Vaccination in Bombay 1913-1923 - 1913-1923
Year: 1913
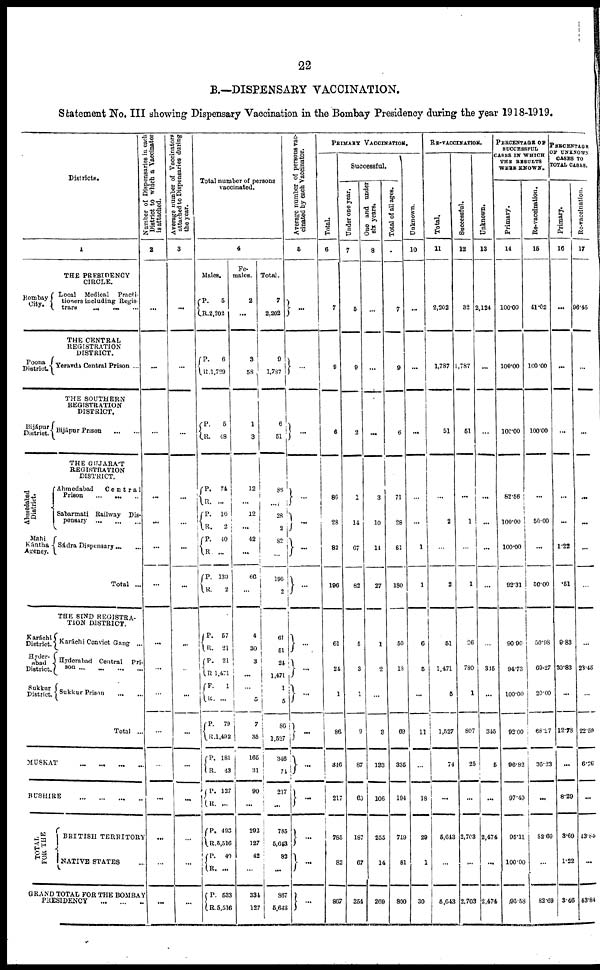
22
B.—DISPENSARY VACCINATION.
Statement No. III showing Dispensary Vaccination in the Bombay Presidency during the year 1918-1919.
Districts.
1
THE PRESIDENCY
CIRCLE.
Bombay
City.
Local
Medical
Practi¬
tioners including Regis¬
trars ... ... ...
THE CENTRAL
REGISTRATION
DISTRICT.
Poona
District. Yeravda Central Prison ...
THE SOUTHERN
REGISTRATION
DISTRICT.
Bijápur
District.
Mahi
Kántha
Agency.
Bijápur Prison
...
...
THE GUJARAT
REGISTRATION
DISTRICT.
Ahmedabad
Central
Prison
...
...
...
Sabarmati Railway Dis-
pensary
...
...
...
Sádra Dispensary ... ...
Total ...
THE SIND REGISTRA-
TION DISTRICT.
Karáchi
District.
Hyder¬
abad
District.
Sukkur
District.
Karáchi Convict Gang ...
Hyderabad Central
Pri¬
son ... ... ... ...
Sukkur Prison
...
...
Total ...
MUSKAT
...
...
...
...
BUSHIRE
...
...
...
...
T OTAL
FOR THE
BRITISH TERRITORY
NATIVE STATES ...
GRAND TOTAL FOR THE BOMBAY
PRESIDENCY ... ... ...
Number of Dispensaries in each
District to which a Vaccinator
is
attached.
2
...
...
...
...
...
...
...
...
...
...
...
...
...
...
...
...
Average number of Vaccinators
attached to Dispensaries during
the
year.
3
...
...
...
...
...
...
...
..
...
...
...
...
...
...
...
Total number of persons
vaccinated.
4
Males.
P.
R.
P.
R.
P.
R.
P.
R. P.
R.
P.
R.
P.
R.
P.
R.
P.
R.
P.
R.
P.
R.
P.
R.
P.
R.
P.
R. P.
R.
P.
R.
5
2,202
6
1,729
5
48
74
...
16
2
40
...
130
2
57
21
21
1,471
1
...
79
1,492
181
43
127
...
493
5,516
40
...
533
5,516
Fe-
males.
2
...
3
58
1
3
12
...
12
...
42
...
66
...
4
30
3
...
...
5
7
35
165
31
90
...
292
127
42
...
334
127
Total.
7
2,202
9
1,787
6
51
86
...
28
2
82
...
196
2
61
51
24
1,47l
1
5
86
1,527
346
74
217
...
785
5,043
82
...
867
5,643
Average number of person vac¬
cinated by each Vaccinator.
5
...
...
...
...
...
...
...
...
...
...
...
...
...
...
...
...
PRIMARY VACCINATION.
Total.
6
7
9
6
86
28
82
196
61
24
1
86
346
217
785
82
867
Successful.
Under one year.
7
5
9
2
1
14
67
82
5
3
1
9
87
60
187
67
254
One and under
six years.
8
...
...
...
3
10
14
27
1
2
...
3
133
106
255
14
269
Total of all ages.
9
7
9
6
71
28
81
180
50
18
...
69
335
194
719
81
800
Unknown.
10
...
...
...
...
...
1
1
6
5
...
11
...
18
28
1
30
RE-VACCINATION.
Total.
11
2,202
1,787
51
...
2
...
2
51
1,471
5
1,527
74
...
5,643
...
5,643
Successful.
12
32
1,787
51
...
...
...
1
26
780
1
807
25
...
2,703
...
2,703
Unknown.
13
2,124
...
...
...
...
...
...
...
315
...
345
5
...
2,474
...
2,474
PERCENTAGE OF
SUCCESSFUL
CASES IN WHICH
THE RESULTS
WERE KNOWN.
Primary.
14
100.00
100.00
100.00
82.56
100.00
100.00
92.31
90.90
94.73
100.00
92.00
96.82
97.49
95.11
100.00
105.53
Re-vaccination.
15
41.02
100.00
100.00
...
50.00
...
50.00
50.98
69.27
20.00
68.27
36.23
...
82.69
...
82.69
PERCENTAGE
OF UNKNOWN
CASES TO
TOTAL CASES.
Primary.
16
...
...
...
...
...
1.22
.51
9.83
20.83
...
12.78
...
8.29
3.69
1.22
3.46
Re-vaccination.
17
96.45
...
...
...
...
...
...
...
23.45
...
22.59
6.76
...
43.84
...
43.84